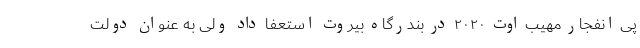
پی انفجار مهیب اوت ۲۰۲۰ در بندرگاه بیروت استعفا داد ولی به عنوان دولت